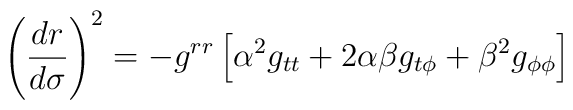
\left ( \frac{dr}{d\sigma} \right )^{2} = - g^{rr} \left [ \alpha^{2}g_{tt} + 2\alpha\beta g_{t\phi} + \beta^{2} g_{\phi\phi}\right ]